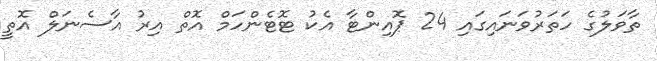
ތާވަލުގެ ހަތަރުވަނައިގައި 24 ޕޮއިންޓާ އެކު ޓޮޓެންހަމް އޮތް އިރު އާސެނަލް އޮތީ